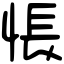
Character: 悵